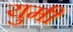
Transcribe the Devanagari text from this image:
युमी